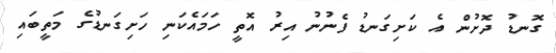
ގޮނޑު ދޮށުން އެ ކަށިގަނޑު ފެނުނު އިރު އޮތީ ހަމައެކަނި ހަށިގަނޑުގެ މަތީބައި